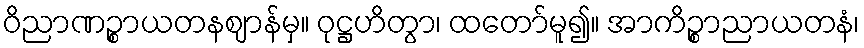
ဝိညာဏဉ္စာယတနဈာန်မှ။ ဝုဋ္ဌဟိတွာ၊ ထတော်မူ၍။ အာကိဉ္စာညာယတနံ၊